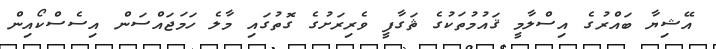
އޭޝިޔާ ބައްރުގެ އިސްލާމީ ޤައުމުތަކުގެ ޘަގާފީ ވެރިރަށުގެ ގޮތުގައި މާލެ ހަމަޖައްސަން އިސެސްކޯއިން